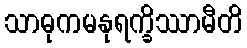
သာဓုကမနုရက္ခိဿာမီတိ